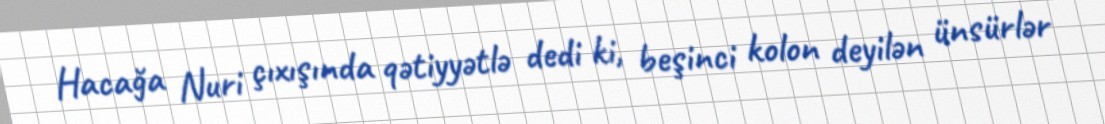
Hacağa Nuri çıxışında qətiyyətlə dedi ki, beşinci kolon deyilən ünsürlər